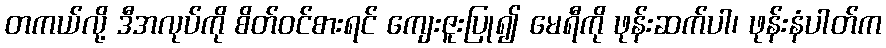
တကယ်လို့ ဒီအလုပ်ကို စိတ်ဝင်စားရင် ကျေးဇူးပြု၍ မေရီကို ဖုန်းဆက်ပါ၊ ဖုန်းနံပါတ်က